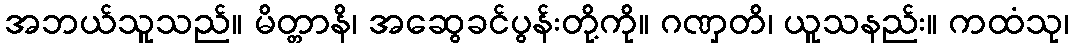
အဘယ်သူသည်။ မိတ္တာနိ၊ အဆွေခင်ပွန်းတို့ကို။ ဂဏှတိ၊ ယူသနည်း။ ကထံသု၊